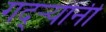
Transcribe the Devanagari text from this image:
गद्र्‍यांनी